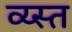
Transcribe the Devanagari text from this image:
व्य्स्त